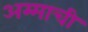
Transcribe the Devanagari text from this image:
अम्माची